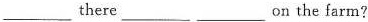
___there___ ___on the farm?